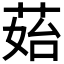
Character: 𦰯